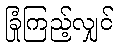
ခြုံကြည့်လျှင်